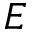
E